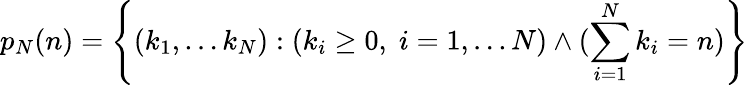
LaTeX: p_{N}(n)=\left\{ (k_{1},\ldots k_{N}):(k_{i}\geq 0,\; i=1,\ldots N)\land(\sum_{i=1}^{N}k_{i}=n)\right\}